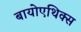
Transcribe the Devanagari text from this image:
बायोएथिक्स